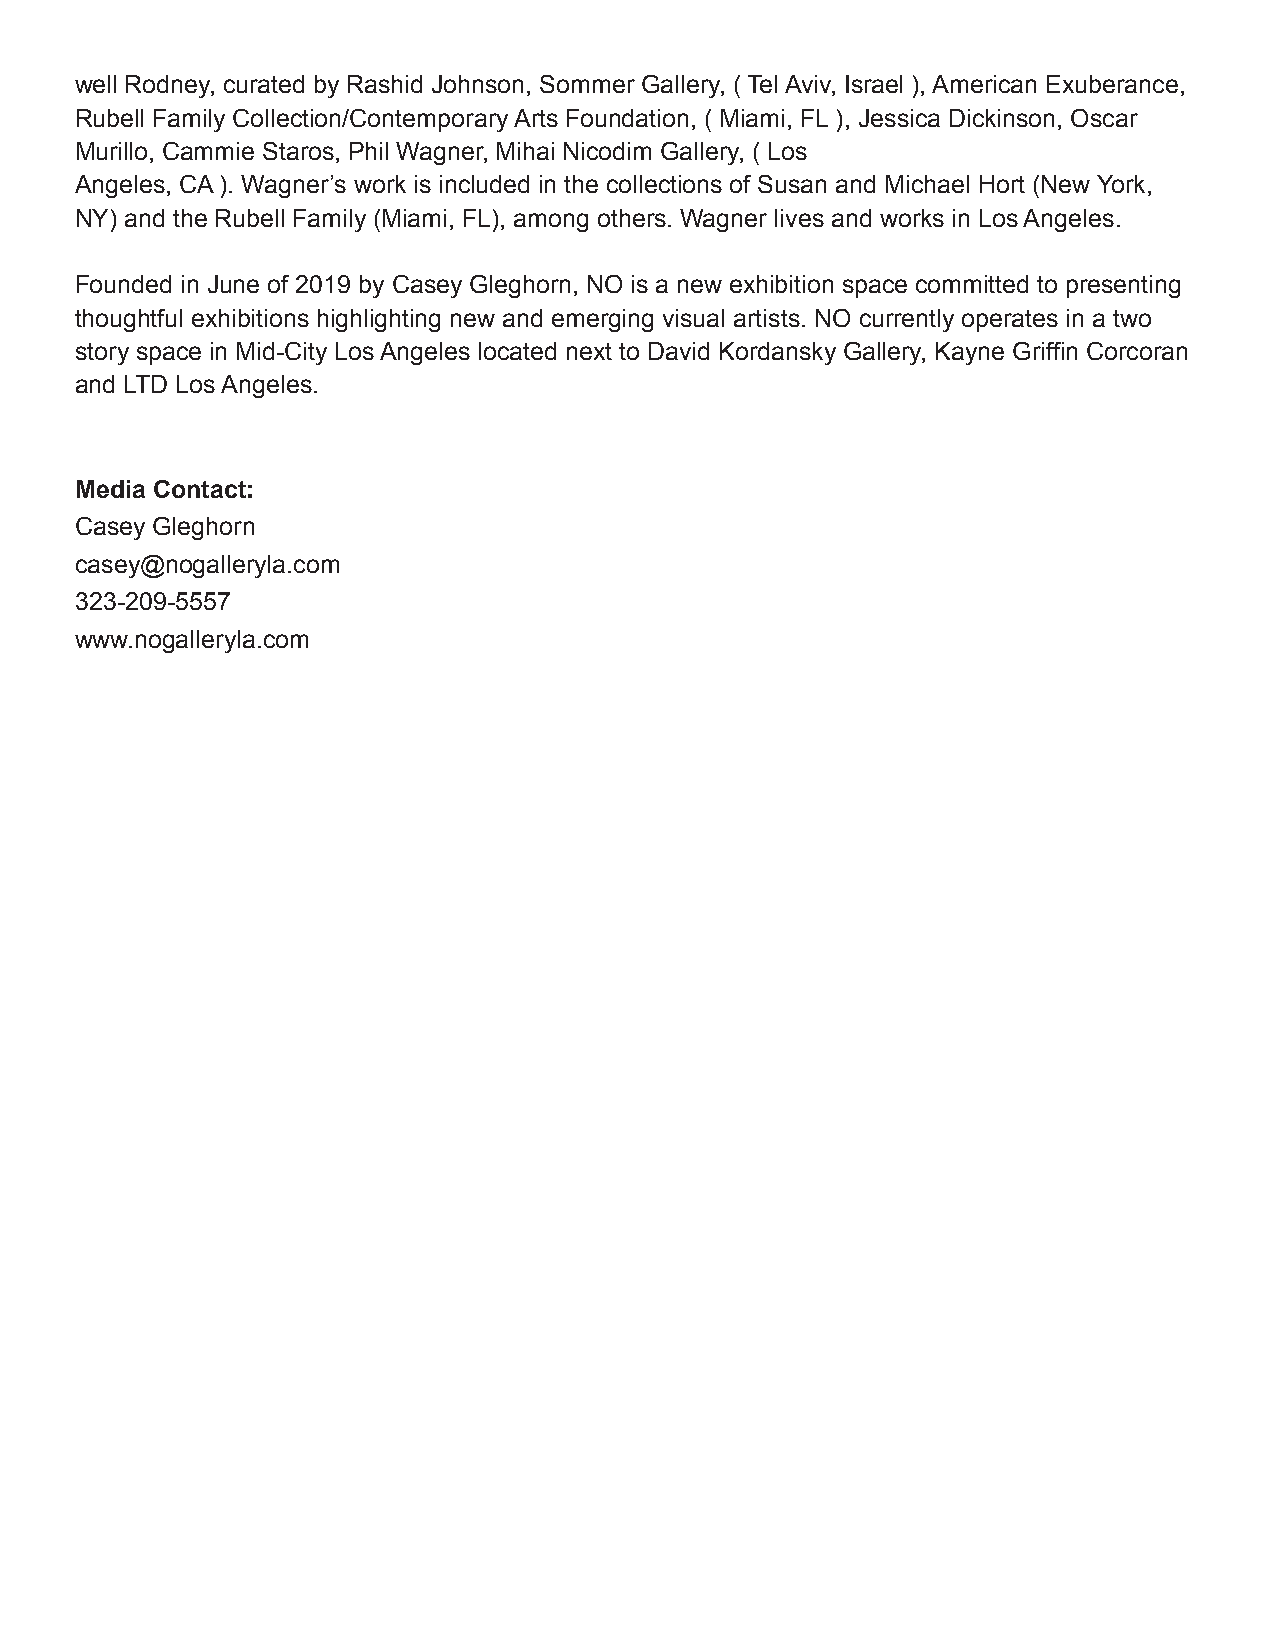
well Rodney, curated by Rashid Johnson, Sommer Gallery, ( Tel Aviv, Israel ), American Exuberance,
 Rubell Family Collection/Contemporary Arts Foundation, ( Miami, FL ), Jessica Dickinson, Oscar
 Murillo, Cammie Staros, Phil Wagner, Mihai Nicodim Gallery, ( Los
 Angeles, CA ). Wagner’s work is included in the collections of Susan and Michael Hort (New York,
 NY) and the Rubell Family (Miami, FL), among others. Wagner lives and works in Los Angeles.
 Founded in June of 2019 by Casey Gleghorn, NO is a new exhibition space committed to presenting
 thoughtful exhibitions highlighting new and emerging visual artists. NO currently operates in a two
 story space in Mid-City Los Angeles located next to David Kordansky Gallery, Kayne Griffin Corcoran
 and LTD Los Angeles.
 Media Contact:
 Casey Gleghorn
 casey@nogalleryla.com
 323-209-5557
 www.nogalleryla.com